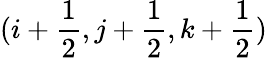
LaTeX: (i+\frac{1}{2},j+\frac{1}{2},k+\frac{1}{2})